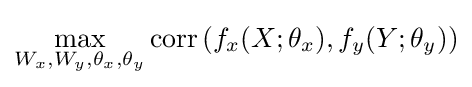
\max _{W_{x},W_{y},\theta _{x},\theta _{y}}\operatorname {corr} \left(f_{x}(X;\theta _{x}),f_{y}(Y;\theta _{y})\right)